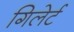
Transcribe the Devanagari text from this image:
गिलेर्ट